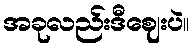
အခုလည်းဒီဈေးပဲ။